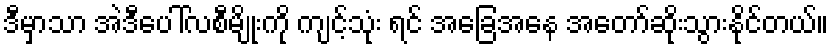
ဒီမှာသာ အဲဒီပေါ်လစီမျိုးကို ကျင့်သုံး ရင် အခြေအနေ အတော်ဆိုးသွားနိုင်တယ်။